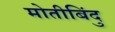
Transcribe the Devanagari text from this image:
मोतीबिंदु